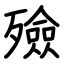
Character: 殮